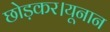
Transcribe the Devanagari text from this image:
छोड़कर।यूनान